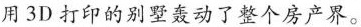
用3D打印的别墅轰动了整个房产界。